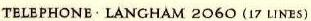
TELEPHONE·LANGHAM 2060 (17 LINES)